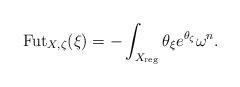
LaTeX: \begin{align*}\mathrm{Fut}_{X,\zeta}(\xi) =- \int_{X_{\mathrm{reg}}} \theta_{\xi} e^{\theta_{\zeta}}\omega^n.\end{align*}